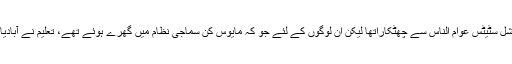
مقامی اشرفیہ کے لئے یہ سوشل سٹیٹس عوام الناس سے چھٹکاراتھا لیکن اُن لوگوں کے لئے جو کہ مایوس کن سماجی نظام میں گھرے ہوئے تھے، تعلیم نے آبادیاتی غلامی کی ذلت سے بچایا۔